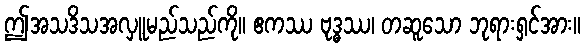
ဤအသဒိသအလှူမည်သည်ကို။ ဧကဿ ဗုဒ္ဓဿ၊ တဆူသော ဘုရားရှင်အား။